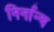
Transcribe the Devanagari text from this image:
निर्नान्य